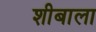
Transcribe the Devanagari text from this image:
शीबाला